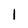
Character: l